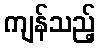
ကျန်သည့်